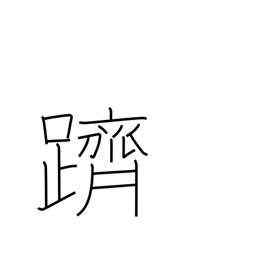
Meaning: climb